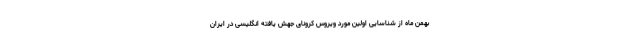
بهمن ماه از شناسایی اولین مورد ویروس کرونای جهش یافته انگلیسی در ایران